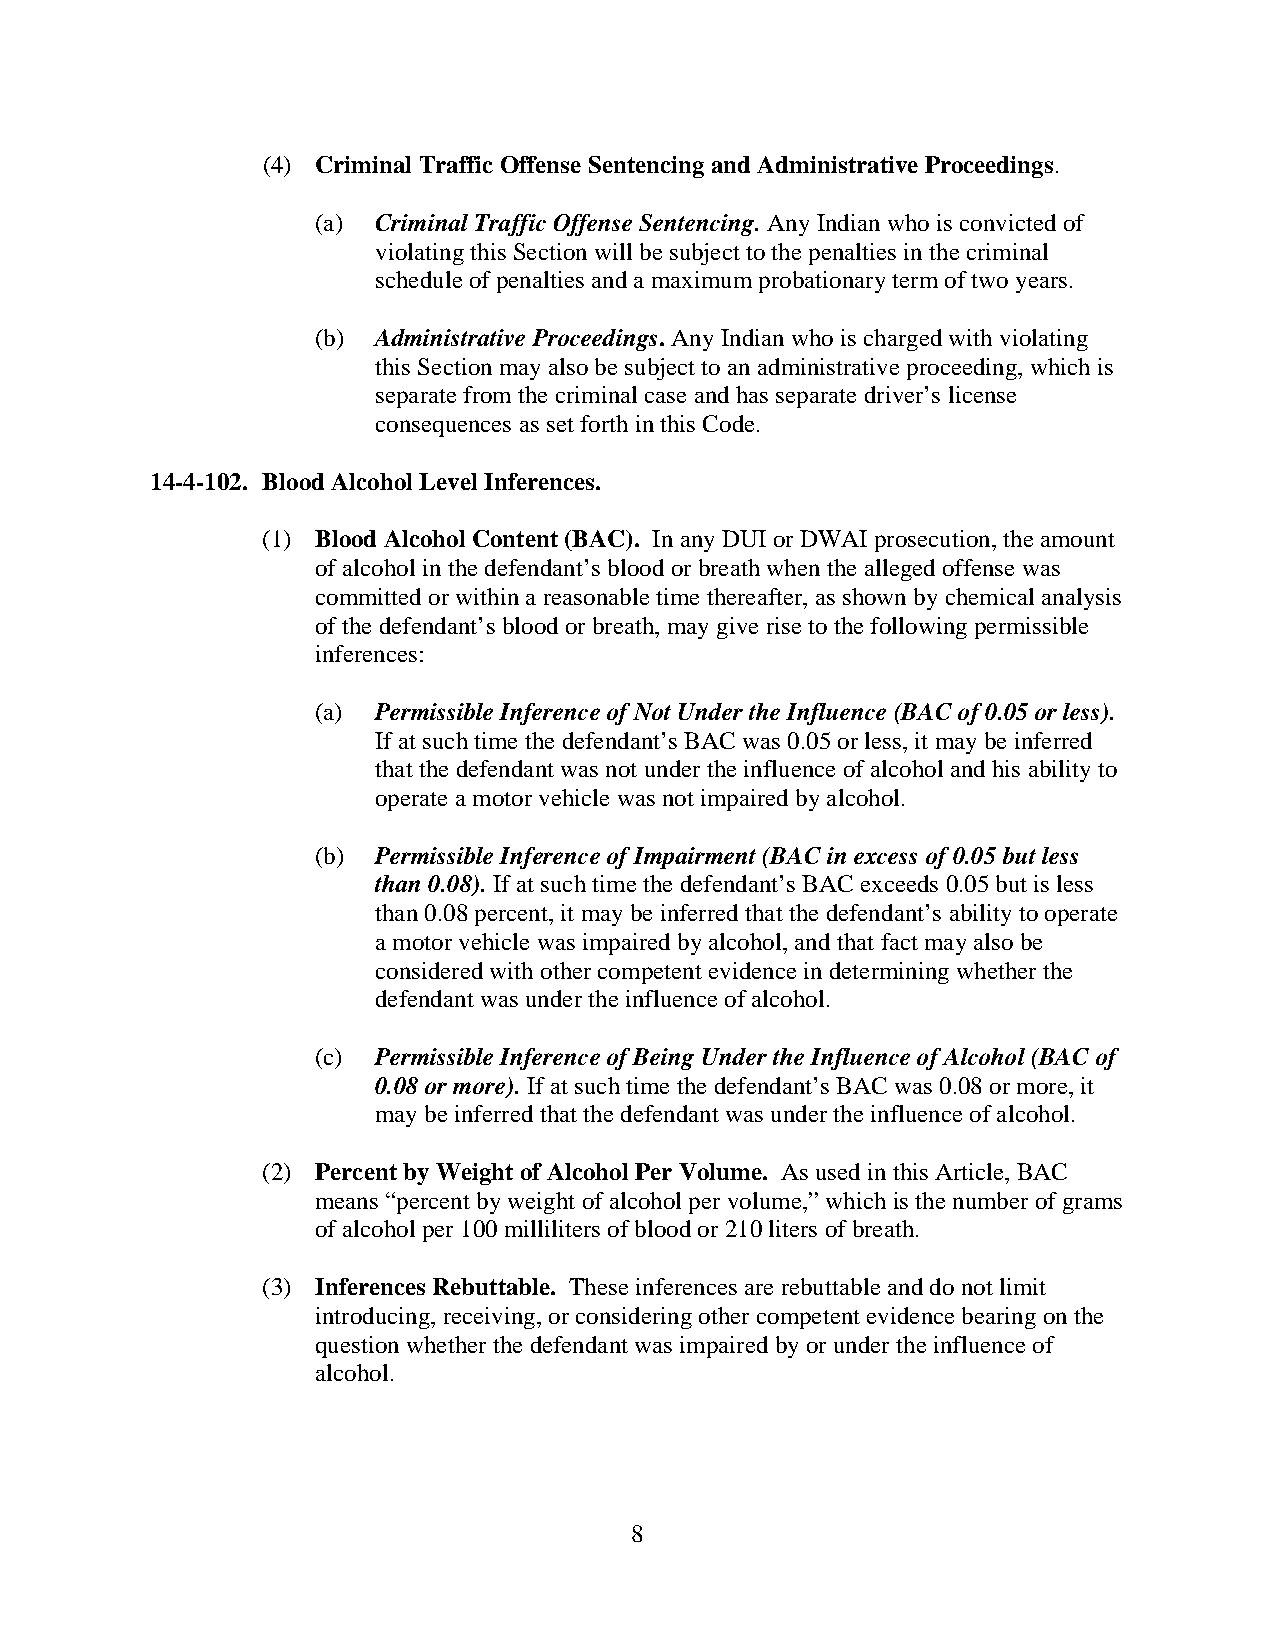
(4) Criminal Traffic Offense Sentencing and Administrative Proceedings.
 (a) Criminal Traffic Offense Sentencing. Any Indian who is convicted of
 violating this Section will be subject to the penalties in the criminal
 schedule of penalties and a maximum probationary term of two years.
 (b) Administrative Proceedings. Any Indian who is charged with violating
 this Section may also be subject to an administrative proceeding, which is
 separate from the criminal case and has separate driver’s license
 consequences as set forth in this Code.
 14-4-102. Blood Alcohol Level Inferences.
 (1) Blood Alcohol Content (BAC). In any DUI or DWAI prosecution, the amount
 of alcohol in the defendant’s blood or breath when the alleged offense was
 committed or within a reasonable time thereafter, as shown by chemical analysis
 of the defendant’s blood or breath, may give rise to the following permissible
 inferences:
 (a) Permissible Inference of Not Under the Influence (BAC of 0.05 or less).
 If at such time the defendant’s BAC was 0.05 or less, it may be inferred
 that the defendant was not under the influence of alcohol and his ability to
 operate a motor vehicle was not impaired by alcohol.
 (b) Permissible Inference of Impairment (BAC in excess of 0.05 but less
 than 0.08). If at such time the defendant’s BAC exceeds 0.05 but is less
 than 0.08 percent, it may be inferred that the defendant’s ability to operate
 a motor vehicle was impaired by alcohol, and that fact may also be
 considered with other competent evidence in determining whether the
 defendant was under the influence of alcohol.
 (c) Permissible Inference of Being Under the Influence of Alcohol (BAC of
 0.08 or more). If at such time the defendant’s BAC was 0.08 or more, it
 may be inferred that the defendant was under the influence of alcohol.
 (2) Percent by Weight of Alcohol Per Volume. As used in this Article, BAC
 means “percent by weight of alcohol per volume,” which is the number of grams
 of alcohol per 100 milliliters of blood or 210 liters of breath.
 (3) Inferences Rebuttable. These inferences are rebuttable and do not limit
 introducing, receiving, or considering other competent evidence bearing on the
 question whether the defendant was impaired by or under the influence of
 alcohol.
 8